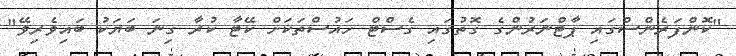
"ކޮންފަރެންސްގައި ޕާޓްނަރުންގެ ގޮތުގައި ގެސްޓް ހައުސްތަކަށް ކޭޓާ ކުރާ ގިނަ ބަޔަކު ބައިވެރިވޭ"